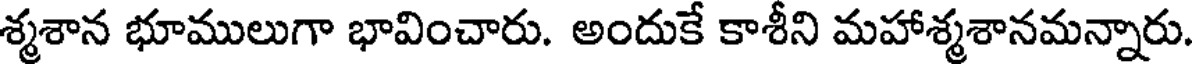
శ్మశాన భూములుగా భావించారు. అందుకే కాశీని మహాశ్మశానమన్నారు.